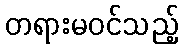
တရားမဝင်သည့်